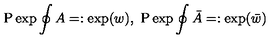
\mathrm { P } \exp \oint A = : \exp ( w ) , \ \mathrm { P } \exp \oint \bar { A } = : \exp ( \bar { w } )